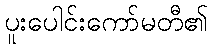
ပူးပေါင်းကော်မတီ၏